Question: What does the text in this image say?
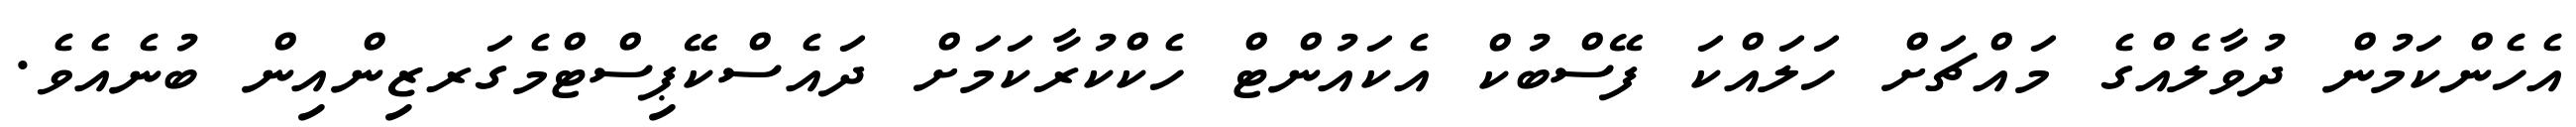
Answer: އެހެންކަމުން ދުވާލެއްގެ މައްޗަށް ހަލައްކަ ފޭސްބުކް އެކައުންޓް ހެކްކުރާކަމަށް ދައެސްކޭޕިސްޓްމެގަރޒިންއިން ބުނެއެވެ.